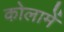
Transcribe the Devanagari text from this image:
कोलामें